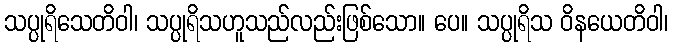
သပ္ပုရိသေတိဝါ၊ သပ္ပုရိသဟူသည်လည်းဖြစ်သော။ ပေ။ သပ္ပုရိသ ဝိနယေတိဝါ၊